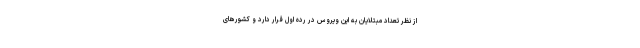
از نظر تعداد مبتلایان به این ویروس در رده اول قرار دارد و کشورهای